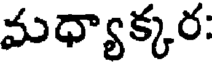
మధ్యాక్కర: